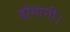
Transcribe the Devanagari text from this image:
होगागी।